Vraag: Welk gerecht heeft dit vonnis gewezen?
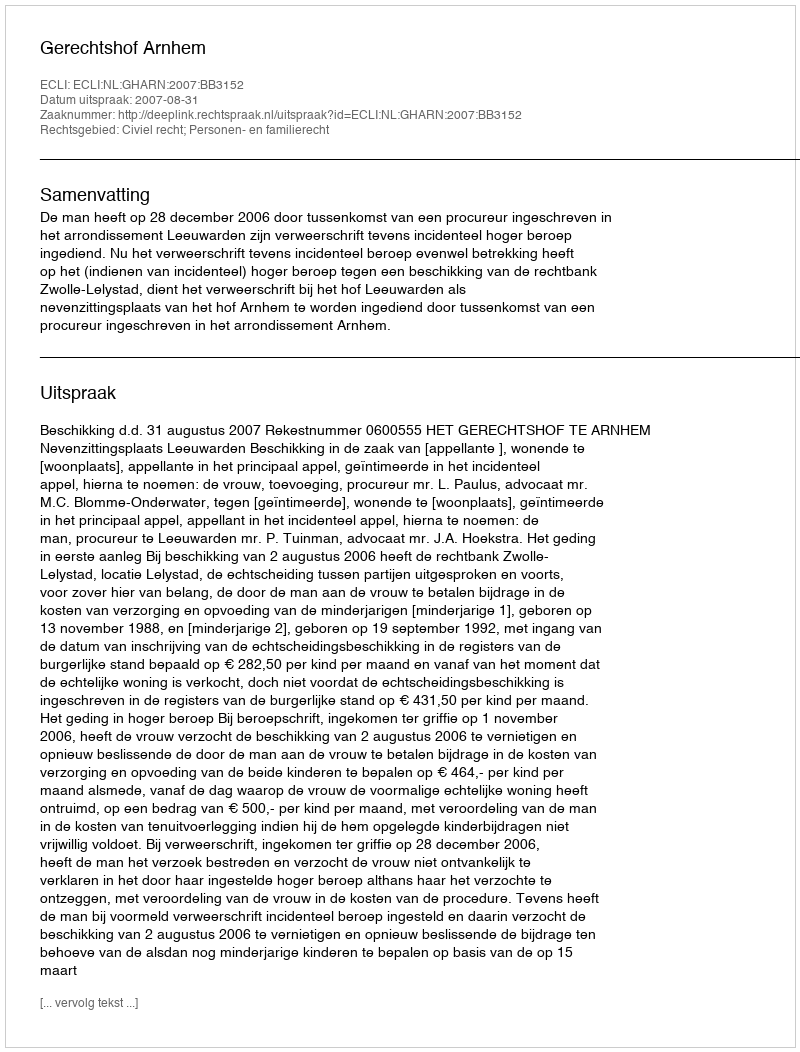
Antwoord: Gerechtshof Arnhem